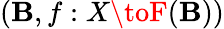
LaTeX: (\mathbf{B},f:X\toF(\mathbf{B}))